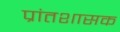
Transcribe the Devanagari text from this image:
प्रांतशासक